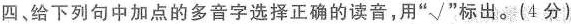
四、给下列句中加点的多音字选择正确的读音，用“√”标出。(4分)